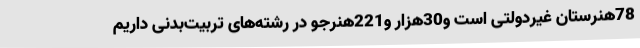
78هنرستان غیردولتی است و30هزار و221هنرجو در رشته‌های تربیت‌بدنی داریم